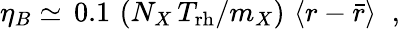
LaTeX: \eta_{B}\simeq\, 0.1\, \left(N_{X}\, T_{\mathrm{rh}}/m_{X}\right)\, \, \langle r-{\bar{r}}\rangle\; \; ,